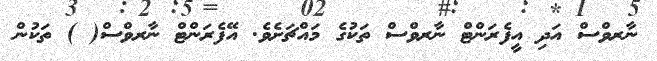
ނާރވްސް އަދި އީފެރަންޓް ނާރވްސް ތަކުގެ މައްޗަށެވެ. އޭފެރަންޓް ނާރވްސް( ) ތަކުން